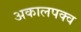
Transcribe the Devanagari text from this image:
अकालपक्व